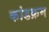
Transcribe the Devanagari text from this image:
कांडक्रम